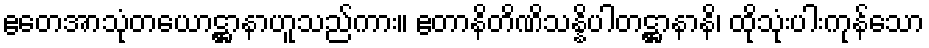
ဧတေအာသုံတယောဋ္ဌာနာဟူသည်ကား။ ဧတာနိတိဏိသန္နိပါတဋ္ဌာနာနိ၊ ထိုသုံးပါးကုန်သော